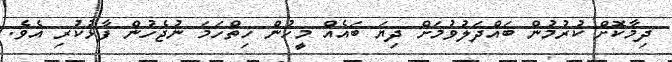
ދިމާކޮށް ކުރުމުން ބައްދަލުވުމަށް ދިޔަ ބައެއް މީހުން ހިތްހަމަ ނުޖެހުން ފާޅުކުރި އެވެ.